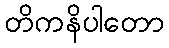
တိကနိပါတော